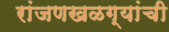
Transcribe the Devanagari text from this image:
रांजणखळग्यांची